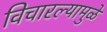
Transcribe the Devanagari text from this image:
विचारल्यामुळे